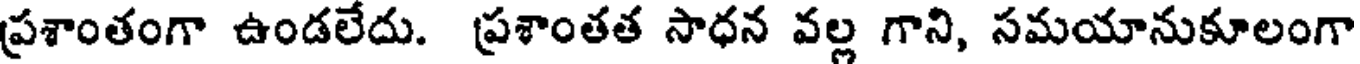
ప్రశాంతంగా ఉండలేదు. ప్రశాంతత సాధన వల్ల గాని, సమయానుకూలంగా